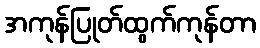
အကုန်ပြုတ်ထွက်ကုန်တာ